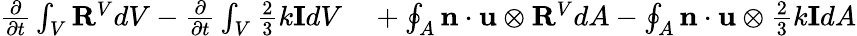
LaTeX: \begin{array}{rl}{\frac{\partial}{\partial t}\int_{V}\mathbf{R}^{V}dV-\frac{\partial}{\partial t}\int_{V}\frac{2}{3}k\mathbf{I}dV}&{{}+\oint_{A}\mathbf{n}\cdot\mathbf{u}\otimes\mathbf{R}^{V}dA-\oint_{A}\mathbf{n}\cdot\mathbf{u}\otimes\frac{2}{3}k\mathbf{I}dA}\end{array}